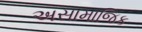
અસામાજિક